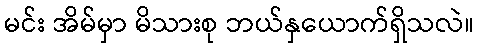
မင်း အိမ်မှာ မိသားစု ဘယ်နှယောက်ရှိသလဲ။